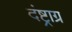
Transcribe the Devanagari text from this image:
दंष्ट्राग्र